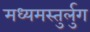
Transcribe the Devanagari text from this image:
मध्यमस्तुर्लुग